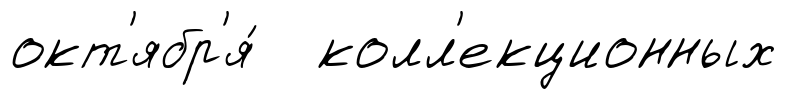
окт'ябр'я́ колл'екционных